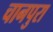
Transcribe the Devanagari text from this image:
चानपुरा